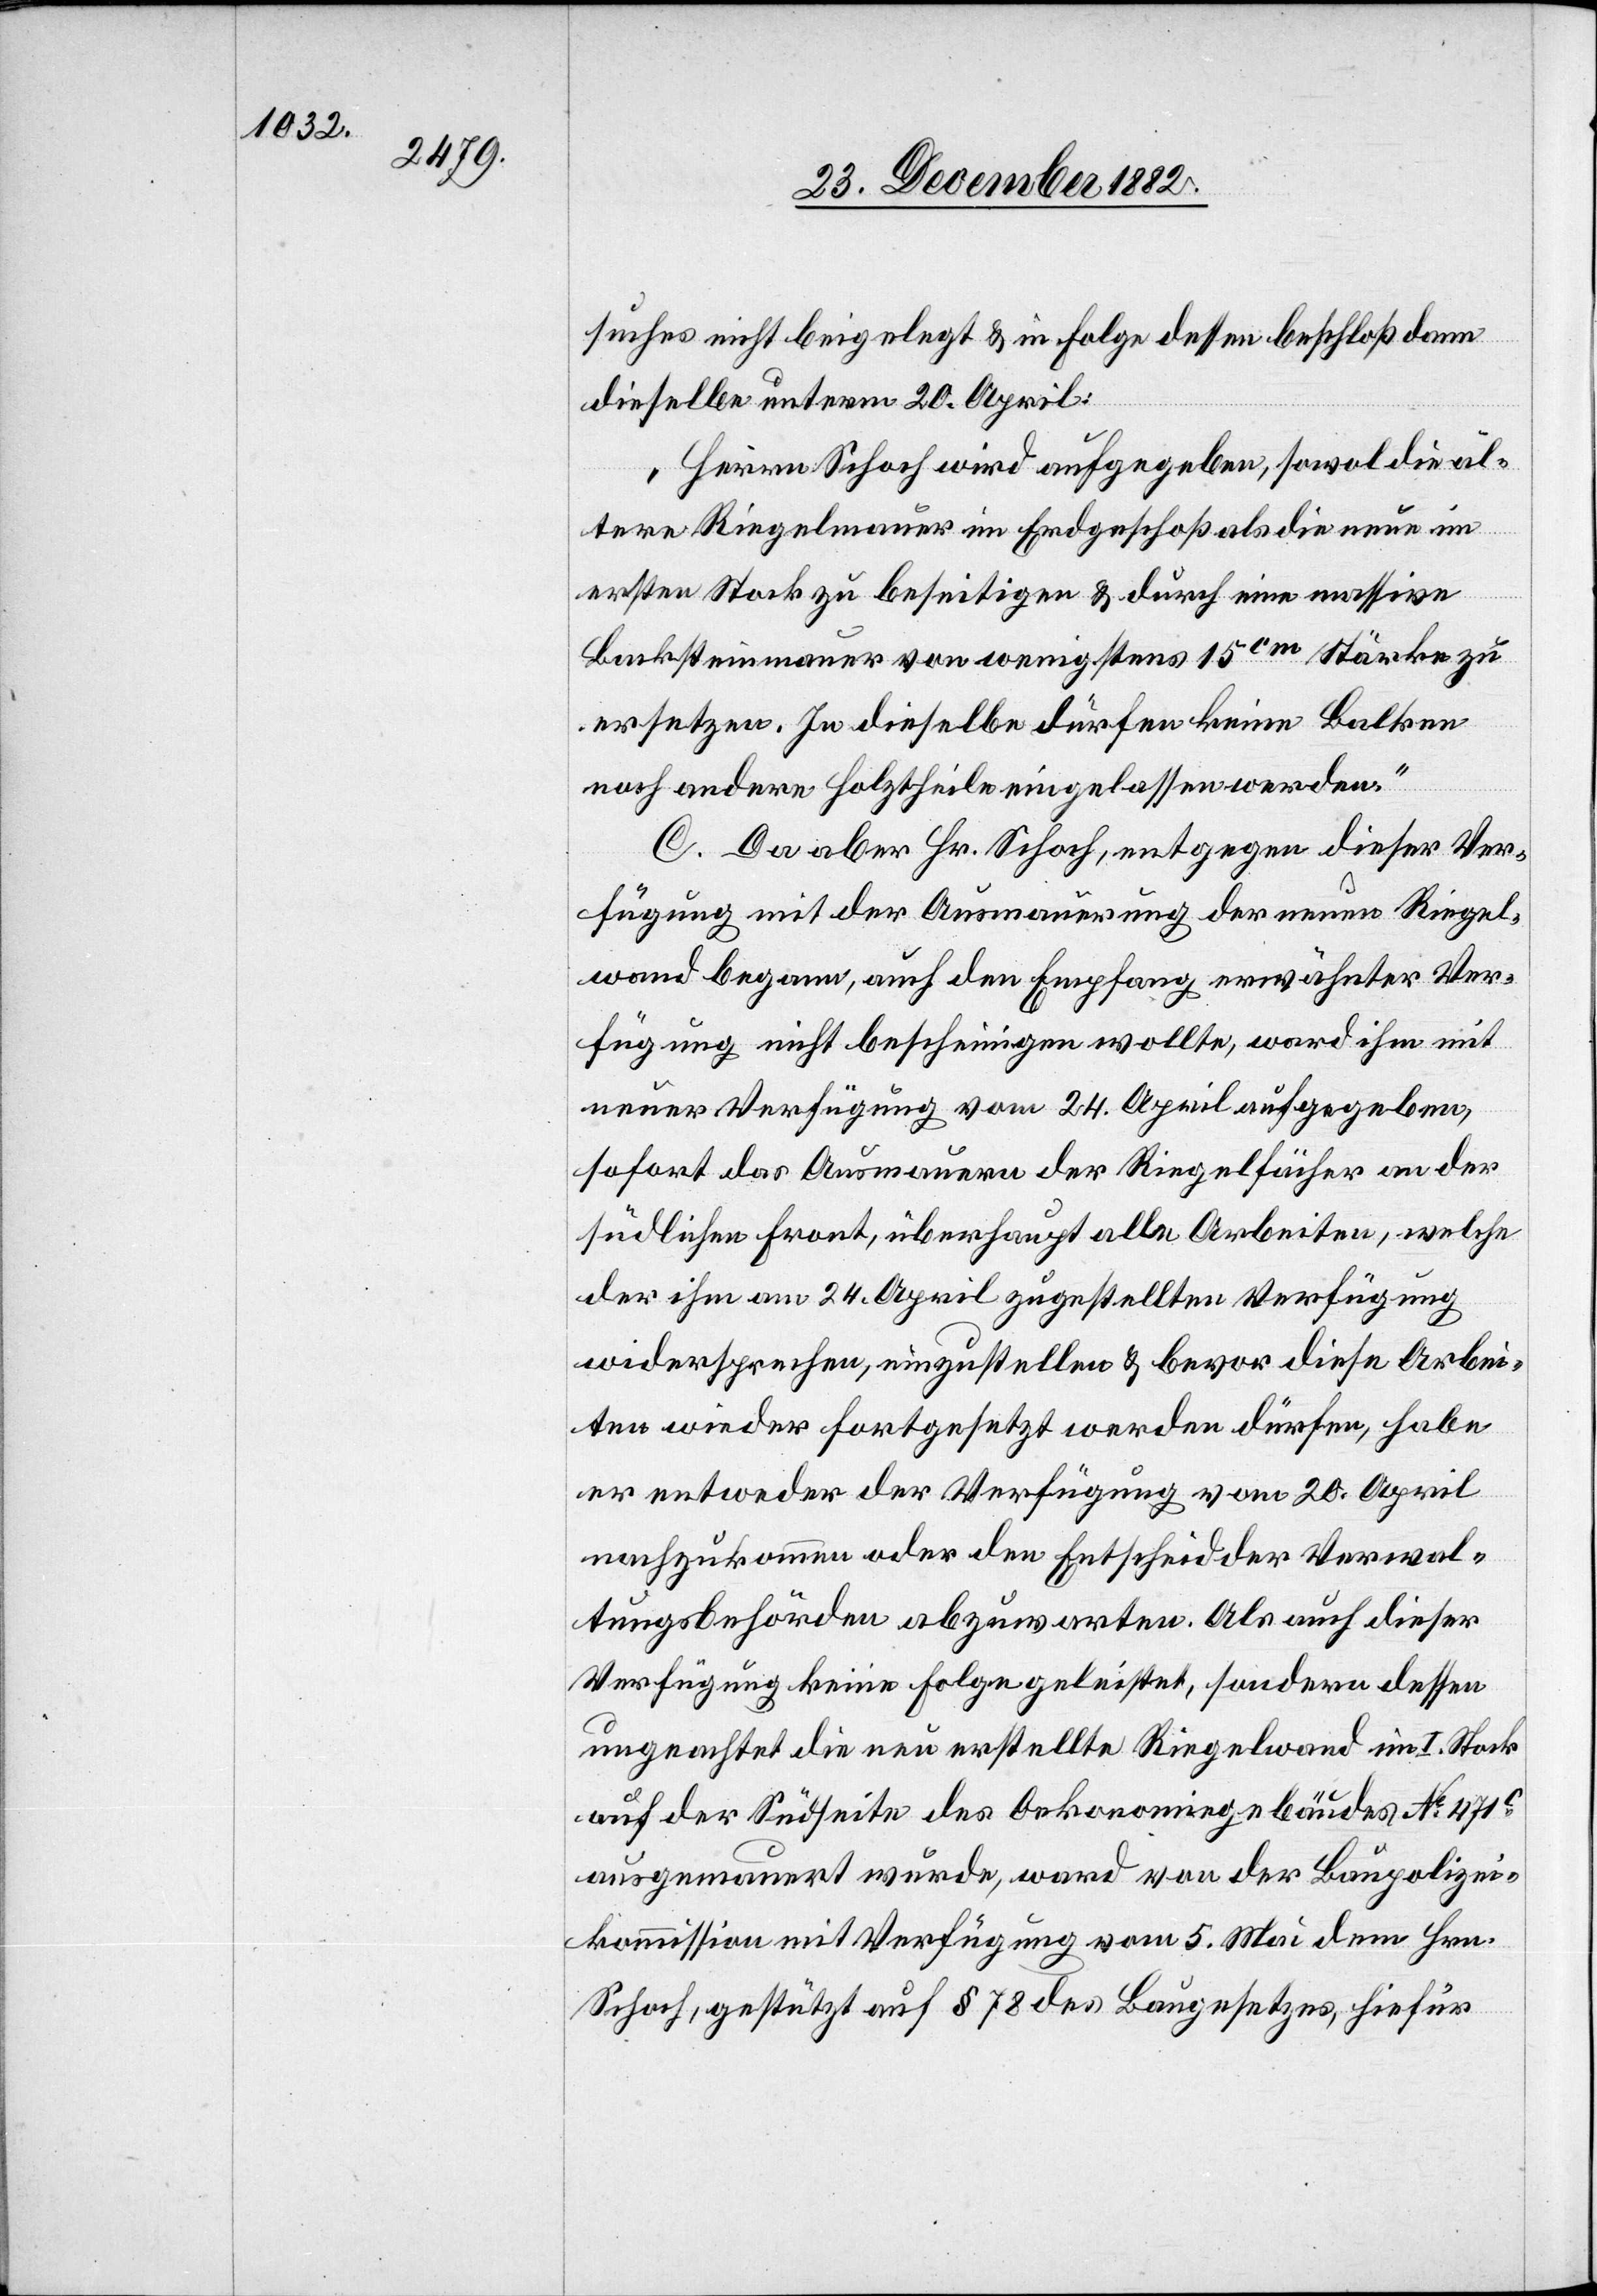
suches nichtbeigelegt & in Folge dessen beschloß dann
dieselbe unterm 20. April:
„Herrn Schoch wird aufgegeben, sowol die äl¬
tere Riegelmauer im Erdgeschoß als die neue im
ersten Stock zu beseitigen & durch eine massive
Backsteinmauer von wenigstens 15cm Stärke zu
ersetzen. In dieselbe dürfen keine Balken
noch andere Holztheile eingelassen werden.“
C. Da aber Hr. Schoch, entgegen dieser Ver¬
fügung mit der Ausmauerung der neuen Riegel¬
wand begann, auch den Empfang erwähnter Ver¬
fügung nicht bescheinigen wollte, war ihm mit
neuer Verfügung vom 24. April aufgegeben,
sofort das Ausmauern der Riegelfächer an der
südlichen Front, überhaupt alle Arbeiten, welche
der ihm am 24. April zugestellten Verfügung
widersprechen, einzustellen & bevor diese Arbei¬
ten wieder fortgesetzt werden dürfen, habe
er entweder der Verfügung vom 20. April
nachzukommen oder den Entscheid der Verwal¬
tungsbehörden abzuwarten. Als auch dieser
Verfügung keine Folge geleistet, sondern dessen
ungeachtet die neu erstellte Riegelwand im I. Stock
auf der Südseite des Oekonomiegebäudes No 471c
ausgemauert wurde, war von der Baupolizei¬
kommission mit Verfügung vom 5. Mai dem Hrn.
Schoch, gestützt auf § 78 des Baugesetzes, hierfür